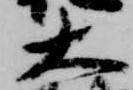
大